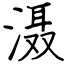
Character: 滠